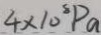
4 \times 1 0 ^ { 8 } P a